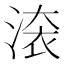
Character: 𣸳